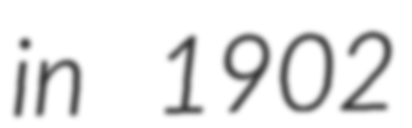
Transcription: in 1902